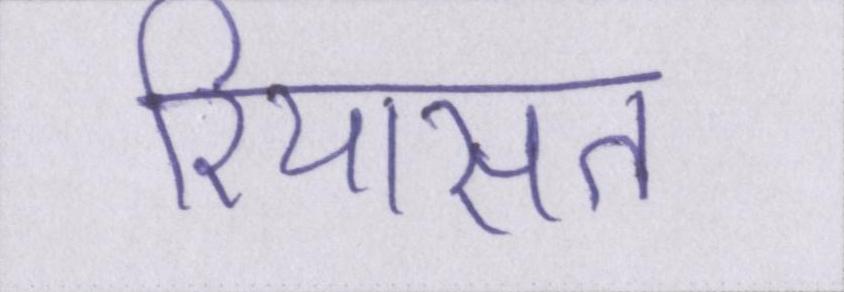
रियासत